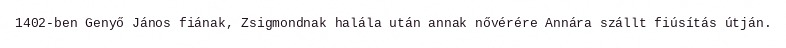
1402-ben Genyő János fiának, Zsigmondnak halála után annak nővérére Annára szállt fiúsítás útján.